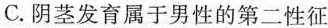
C.阴茎发育属于男性的第二性征